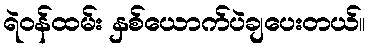
ရဲဝန်ထမ်း နှစ်ယောက်ပဲချပေးတယ်။